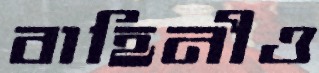
বাহিনীও